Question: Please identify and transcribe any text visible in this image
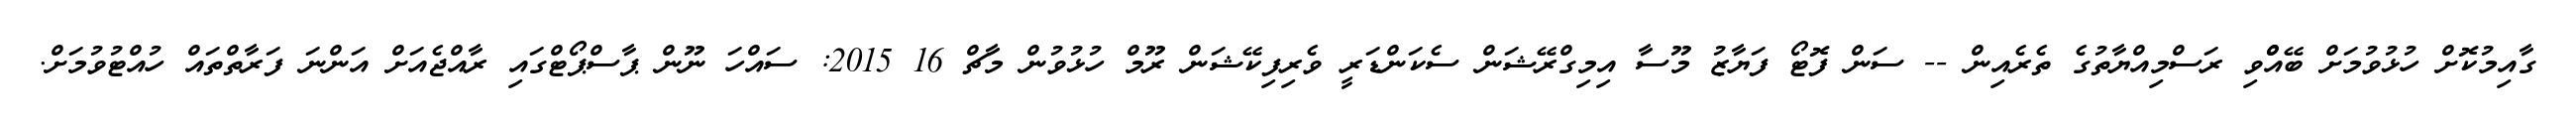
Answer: ގާއިމުކޮށް ހުޅުވުމަށް ބޭއްްވި ރަސްމިއްޔާތުގެ ތެރެއިން -- ސަން ފޮޓޯ ފަޔާޒު މޫސާ އިމިގްރޭޝަން ސެކަންޑަރީ ވެރިފިކޭޝަން ރޫމް ހުޅުވުން މާޗް 16 2015: ސައްހަ ނޫން ޕާސްޕޯޓްގައި ރާއްޖެއަށް އަންނަ ފަރާތްތައް ހުއްޓުވުމަށް.